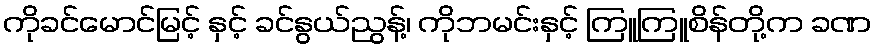
ကိုခင်မောင်မြင့် နှင့် ခင်နွယ်ညွန့်၊ ကိုဘမင်းနှင့် ကြူကြူစိန်တို့က ခဏ